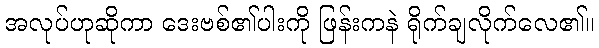
အလုပ်ဟုဆိုကာ ဒေးဗစ်၏ပါးကို ဖြန်းကနဲ ရိုက်ချလိုက်လေ၏။